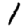
Digit: 1